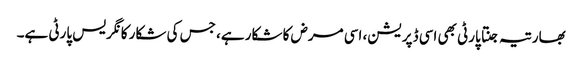
بھارتیہ جنتا پارٹی بھی اسی ڈپریشن، اسی مرض کا شکار ہے، جس کی شکار کانگریس پارٹی ہے۔